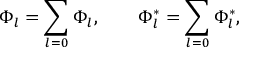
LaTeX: \Phi _ { l } = \sum _ { l = 0 } \Phi _ { l } , \qquad \Phi _ { l } ^ { \ast } = \sum _ { l = 0 } \Phi _ { l } ^ { \ast } ,